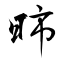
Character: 昁